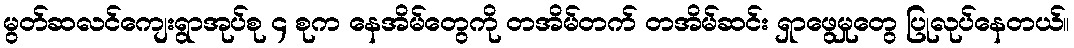
မွတ်ဆလင်ကျေးရွာအုပ်စု ၄ စုက နေအိမ်တွေကို တအိမ်တက် တအိမ်ဆင်း ရှာဖွေမှုတွေ ပြုလုပ်နေတယ်။